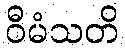
ဝီမံသတိ